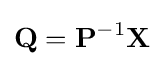
\mathbf {Q} =\mathbf {P} ^{-1}\mathbf {X}